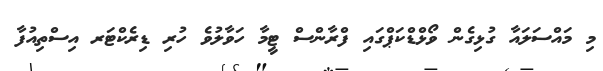
މި މައްސަލައާ ގުޅިގެން ވޯޅްޑްކަޕްގައި ފްރާންސް ޓީމާ ހަވާލުވެ ހުރި ޑިރެކްޓަރ އިސްތިއުފާ